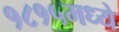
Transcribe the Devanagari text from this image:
१८१५मध्ये